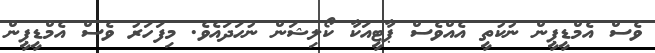
ވެސް އެމްޑީޕީން ނުކުތީ އެއްވެސް ޕާޓީއަކާ ކޯލިޝަން ނުހަދައެވެ. މިފަހަރު ވެސް އެމްޑީޕީން